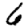
Digit: 6